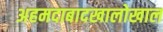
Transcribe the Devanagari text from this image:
अहमदाबादखालोखाल